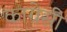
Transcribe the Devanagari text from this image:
काग्रेसी